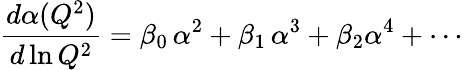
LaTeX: {\frac{d\alpha(Q^{2})}{d\ln Q^{2}}}=\beta_{0}\, \alpha^{2}+\beta_{1}\, \alpha^{3}+\beta_{2}\alpha^{4}+\cdots